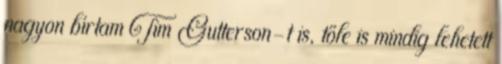
nagyon bírtam Tim Gutterson-t is, tőle is mindig lehetett